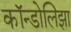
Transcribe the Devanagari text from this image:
कॉन्डोलिझा